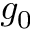
g _ { 0 }